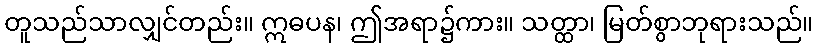
တူသည်သာလျှင်တည်း။ ဣဓပန၊ ဤအရာ၌ကား။ သတ္ထာ၊ မြတ်စွာဘုရားသည်။